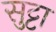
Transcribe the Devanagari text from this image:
सुट्टा